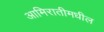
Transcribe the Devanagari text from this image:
आमिरातीमधील